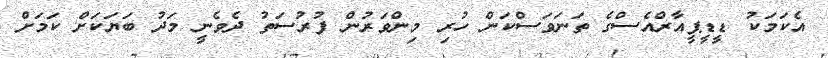
އެކަމަކު ޑީޑީޕީއާރްއެސްގެ ތަނަވަސްކަން ހުރި މިންވަރުން ފުރުސަތު ދެވެނީ މަދު ބަޔަކަށް ކަމަށް